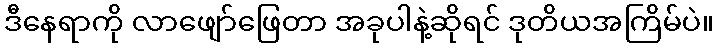
ဒီနေရာကို လာဖျော်ဖြေတာ အခုပါနဲ့ဆိုရင် ဒုတိယအကြိမ်ပဲ။